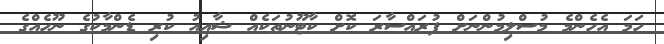
ހަމަ އެހެންމެ މުސްލިމުންނަށް ފުރައްސާރަ ކޮށް ކާޓޫނުތަކެއް ޝާއިއު ކުރި ޑެންމާކުގެ ނޫހެއްގެ